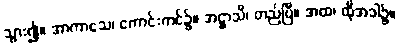
သွား၍။ အာကာသေ၊ ကောင်းကင်၌။ အဋ္ဌာသိ၊ တည်ပြီ။ အထ၊ ထိုအခါ၌။